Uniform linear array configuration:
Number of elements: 16
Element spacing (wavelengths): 1
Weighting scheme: cosine
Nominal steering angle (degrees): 0
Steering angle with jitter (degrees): -1.555
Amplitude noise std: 0.05
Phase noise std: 0.05

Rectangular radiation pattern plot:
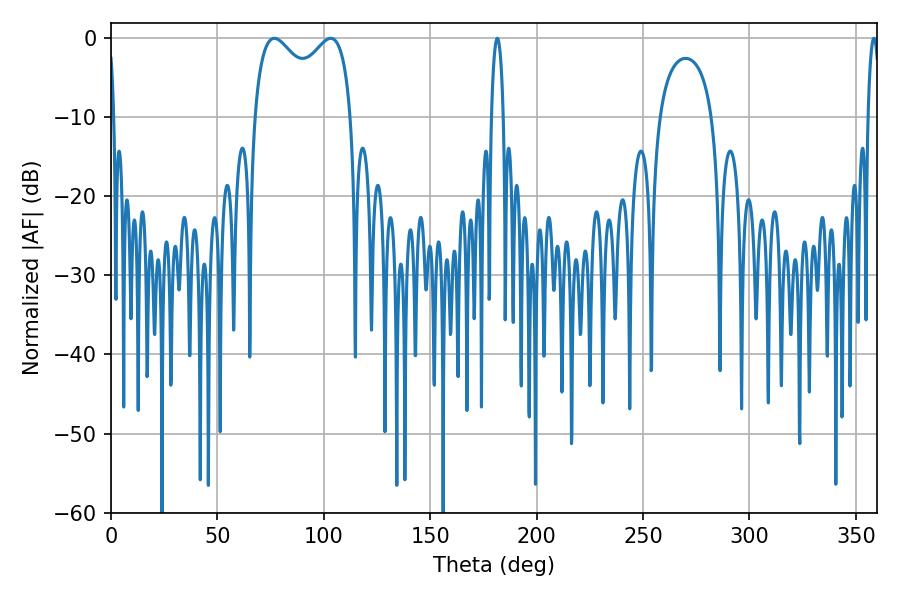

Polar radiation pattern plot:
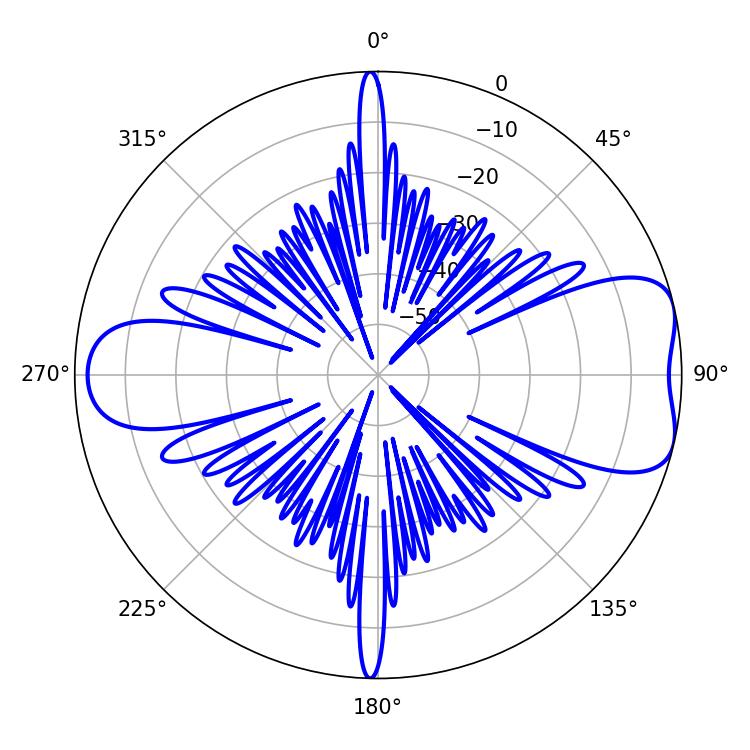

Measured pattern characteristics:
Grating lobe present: TRUE
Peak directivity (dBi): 7.322
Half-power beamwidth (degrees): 38.16
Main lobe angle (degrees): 76.68